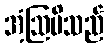
အံ့ဩမိသည်